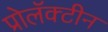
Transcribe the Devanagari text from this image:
प्रोलॅक्टीन